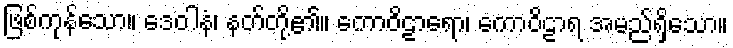
ဖြစ်ကုန်သော။ ဒေဝါနံ၊ နတ်တို့၏။ ကောဝိဠာရော၊ ကောဝိဠာရ အမည်ရှိသော။